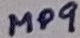
Text: MP9